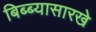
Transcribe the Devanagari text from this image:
बिब्ब्यासारखे